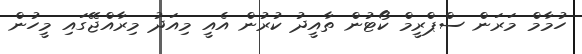
ހުމާމް މަރަން ސްޕްރީމް ކޯޓުން ތާއީދު ކުރުން އެއީ މިއަދު މިރާއްޖޭގައި މީހުން